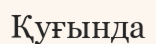
Қуғында